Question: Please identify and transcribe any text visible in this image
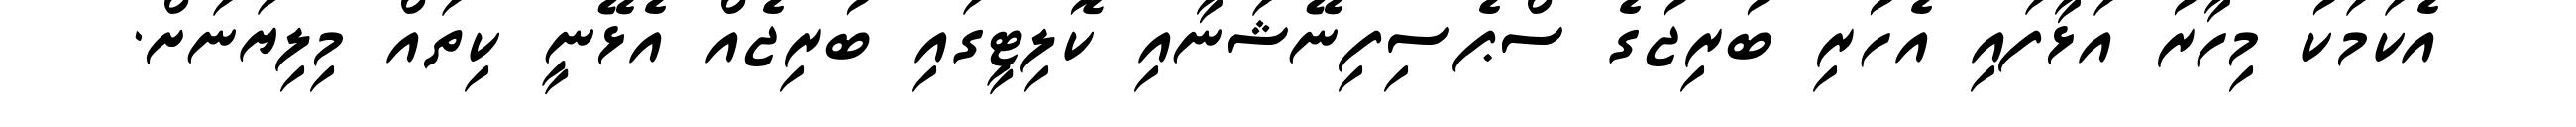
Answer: އެކަމަކު މިހާރު އަޅާފައި އެހުރި ބުރިޖުގެ ސްޕެސިފިނޭޝަނާއި ކޮލިޓީގައި ބުރިޖެއް އެޅޭނީ ކިތައް މިލިޔަނަށް.